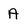
Character: A